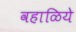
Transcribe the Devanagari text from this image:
वहाळिये